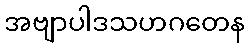
အဗျာပါဒသဟဂတေန